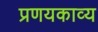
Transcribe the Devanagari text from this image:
प्रणयकाव्य